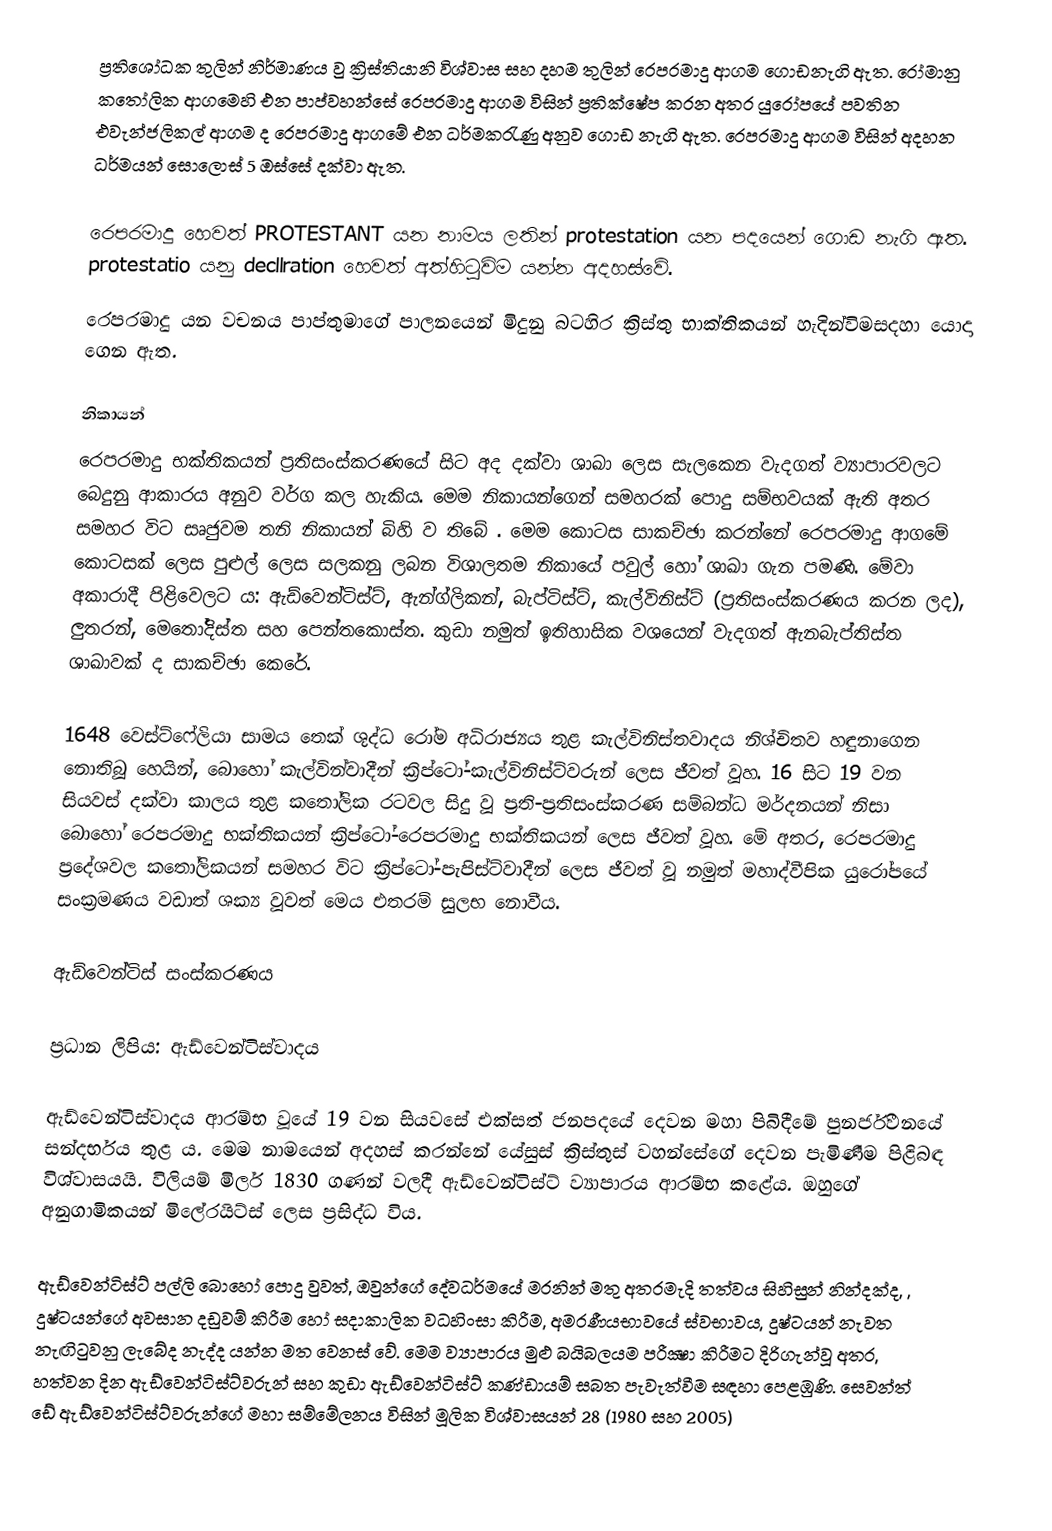
ප්‍රතිශෝධක තුලින් නිර්මාණය වු ක්‍රිස්තියානි විශ්වාස සහ දහම තුලින් රෙපරමාදු ආගම ගොඩනැගි ඇත. රෝමානු කතෝලික ආගමෙහි එන පාප්වහන්සේ රෙපරමාදු ආගම විසින් ප්‍රතික්ෂේප කරන අතර යුරෝපයේ පවතින එවැන්ජලිකල් ආගම ද රෙපරමාදු ආගමේ එන ධර්මකරැණු අනුව ගොඩ නැගි ඇත. රෙපරමාදු ආගම විසින් අදහන ධර්මයන් සොලොස් 5 ඔස්සේ දක්වා ඇත.

රෙපරමාදු හෙවත් PROTESTANT  යන නාමය ලතින් protestation  යන පදයෙන් ගොඩ නැගි ඇත. protestatio යනු decllration හෙවත් අත්හිටුවිම යන්න අදහස්වේ.
රෙපරමාදු යන වචනය පාප්තුමාගේ පාලනයෙන් මිදුනු බටහිර ක්‍රිස්තු භාක්තිකයන් හැදින්විමසදහා යොදා ගෙන ඇත.

නිකායන්
රෙපරමාදු භක්තිකයන් ප්‍රතිසංස්කරණයේ සිට අද දක්වා ශාඛා ලෙස සැලකෙන වැදගත් ව්‍යාපාරවලට බෙදුනු ආකාරය අනුව වර්ග කල හැකිය.  මෙම නිකායන්ගෙන් සමහරක් පොදු සම්භවයක්  ඇති අතර සමහර විට සෘජුවම තනි නිකායන් බිහි ව තිබේ .   මෙම කොටස සාකච්ඡා කරන්නේ රෙපරමාදු ආගමේ කොටසක් ලෙස පුළුල් ලෙස සලකනු ලබන විශාලතම නිකායේ පවුල් හෝ ශාඛා ගැන පමණි.  මේවා අකාරාදී පිළිවෙලට ය: ඇඩ්වෙන්ටිස්ට්, ඇන්ග්ලිකන්, බැප්ටිස්ට්, කැල්විනිස්ට් (ප්‍රතිසංස්කරණය කරන ලද), ලුතරන්, මෙතෝදිස්ත සහ පෙන්තකොස්ත.  කුඩා නමුත්  ඉතිහාසික වශයෙන් වැදගත් ඇනබැප්තිස්ත ශාඛාවක් ද සාකච්ඡා කෙරේ.

1648 වෙස්ට්ෆේලියා සාමය තෙක් ශුද්ධ රෝම අධිරාජ්‍යය තුළ කැල්විනිස්තවාදය නිශ්චිතව හඳුනාගෙන නොතිබූ හෙයින්, බොහෝ කැල්වින්වාදීන් ක්‍රිප්ටෝ-කැල්විනිස්ට්වරුන් ලෙස ජීවත් වූහ.  16 සිට 19 වන සියවස් දක්වා කාලය තුළ කතෝලික රටවල සිදු වූ ප්‍රති-ප්‍රතිසංස්කරණ සම්බන්ධ මර්දනයන් නිසා බොහෝ රෙපරමාදු භක්තිකයන් ක්‍රිප්ටෝ-රෙපරමාදු භක්තිකයන් ලෙස ජීවත් වූහ.  මේ අතර, රෙපරමාදු ප්‍රදේශවල කතෝලිකයන් සමහර විට ක්‍රිප්ටෝ-පැපිස්ට්වාදීන් ලෙස ජීවත් වූ නමුත් මහාද්වීපික යුරෝපයේ සංක්‍රමණය වඩාත් ශක්‍ය වූවත් මෙය එතරම් සුලභ නොවීය.

ඇඩ්වෙන්ටිස් සංස්කරණය

ප්‍රධාන ලිපිය: ඇඩ්වෙන්ටිස්වාදය

ඇඩ්වෙන්ටිස්වාදය ආරම්භ වූයේ 19 වන සියවසේ එක්සත් ජනපදයේ දෙවන මහා පිබිදීමේ පුනර්ජීවනයේ සන්දර්භය තුළ ය.  මෙම නාමයෙන් අදහස් කරන්නේ යේසුස් ක්‍රිස්තුස් වහන්සේගේ දෙවන පැමිණීම  පිළිබඳ විශ්වාසයයි.  විලියම් මිලර් 1830 ගණන් වලදී ඇඩ්වෙන්ටිස්ට් ව්‍යාපාරය ආරම්භ කළේය.  ඔහුගේ අනුගාමිකයන් මිලේරයිට්ස් ලෙස ප්‍රසිද්ධ විය.

ඇඩ්වෙන්ටිස්ට් පල්ලි බොහෝ පොදු වුවත්, ඔවුන්ගේ දේවධර්මයේ මරනින් මතු   අතරමැදි තත්වය සිහිසුන් නින්දක්ද, , දුෂ්ටයන්ගේ අවසාන දඩුවම්  කිරීම හෝ සදාකාලික වධහිංසා කිරීම, අමරණීයභාවයේ ස්වභාවය, දුෂ්ටයන් නැවත නැඟිටුවනු ලැබේද නැද්ද යන්න මත වෙනස් වේ.     මෙම ව්‍යාපාරය මුළු බයිබලයම පරීක්‍ෂා කිරීමට දිරිගැන්වූ අතර, හත්වන දින ඇඩ්වෙන්ටිස්ට්වරුන් සහ කුඩා ඇඩ්වෙන්ටිස්ට් කණ්ඩායම් සබත පැවැත්වීම සඳහා පෙළඹුණි.  සෙවන්ත් ඩේ ඇඩ්වෙන්ටිස්ට්වරුන්ගේ මහා සම්මේලනය විසින් මූලික විශ්වාසයන් 28 (1980 සහ 2005)